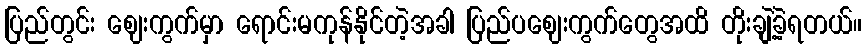
ပြည်တွင်း ဈေးကွက်မှာ ရောင်းမကုန်နိုင်တဲ့အခါ ပြည်ပဈေးကွက်တွေအထိ တိုးချဲ့ခဲ့ရတယ်။